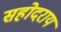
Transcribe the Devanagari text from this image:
सहोदराय